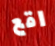
اقع